Lock hospitals Punjab
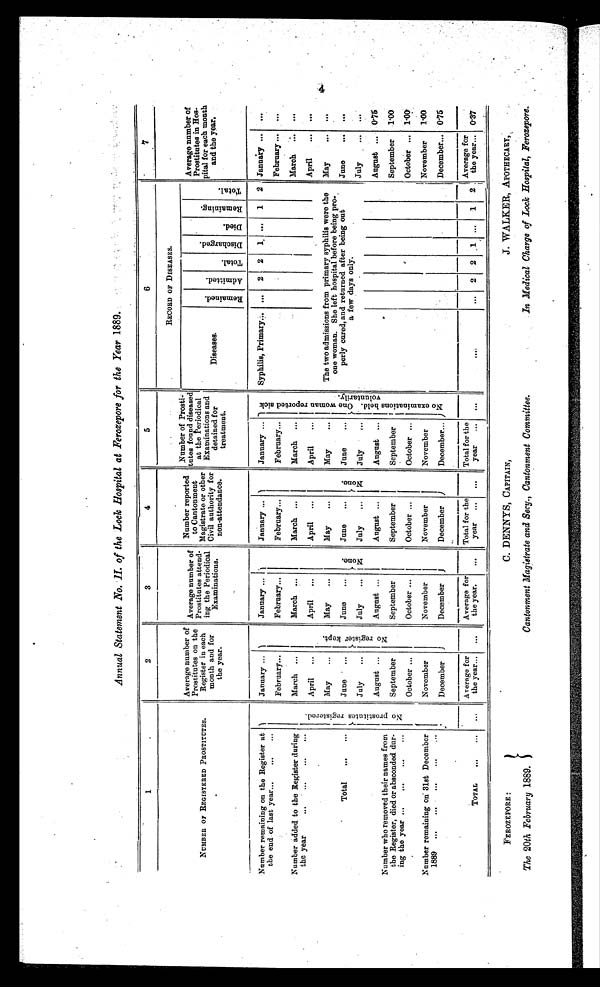
Annual Statement No. II. of the Lock Hospital at Ferozepore for the Year 1889.
1
2
3
4
5
6
7
NUMBER OF REGISTERED PROSTITUTES.
Average number of
Prostitutes on the
Register in each
month and for
the year.
Average number of
Prostitutes attend- i n g t h e
Per
i o d i c a l
Examinations.
Number reported
to Cantonment
Magistrate or other
Civil authority for
non-attendance.
Number of Prost-
tutes found diseased
at the Periodical
Examinations and
detained for
treatment.
RECORD OF DISEASES.
Average number of
Prostitutes in Hos-
pital for each month
and the year.
Diseases.
R e m a i n e d . A d m i t t e d .
T o t a l .
D i s c h a r g e d .
D i e d .
R e m a i n i n g .
T o t a l .
Number remaining on the Register at
the end of last year... ... ...
Number added to the Register during
the year
...
...
. . .
N o p r o s t i t u t e s r e g i s t e r e d .
January ...
N o r e g i s t e r k e p t .
January ...
N o n e .
January...
N o n e .
January ...
N o e x a m i n a t i o n s h e l d . O n e w o m a n r e p o r t e d s i c k v o l u n t a r i l y .
Syphilis, Primary... ...
2
2 1 ... 1 2 January ... ...
February...
February...
February...
February...
February... ...
March ...
March ...
March ..
March ...
March ... ...
April ...
April ...
April ...
April
...
April
... ...
May
...
May
...
May
...
May
...
The two admissions from primary syphilis were the
one woman. She left hospital before being pro-
perly cured, and returned after being out
a few days only.
May
... ...
Total
...
...
June
...
June
...
June
...
June
...
June
... ...
Number who removed their names from
the Register, died or absconded dur-
ing the year ...
...
...
Number remaining on 31st December
1 8 8 9 . . . . . . . . .
July
...
July
...
July
...
July
...
July
... ...
August ...
August ...
August ...
August ...
August ... 0.75
September
September
September
September
September 1.00
October ...
October...
October...
October ...
October ... 1.00
November
November...
November
November
November
1.00
December
December
December
December...
December... 0.75
TOTAL
...
... ...
Average for
the year... ...
Average for
the year.
...
Total for the
year ... ...
Total for the
year ...
. . .
. . .
... 2 2
1 ... 1 2
Average for
the year... 0.37
FEROZEPORE :
The 20th February 1889.
C. DENNYS, CAPITAIN,
Cantonment Magistrate and Secy., Cantonment Committee.
J. WALKER, APOTHECARY,
In Medical Charge of Lock Hospital, Ferozepore.